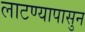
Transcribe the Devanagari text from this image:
लाटण्यापासुन